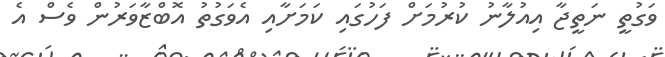
ވަގުތީ ނަތީޖާ އިއުލާނު ކުރުމަށް ފަހުގައި ކަމަށާއި އެވަގުތު އޮބްޒާވަރުން ވެސް އެ